Medical and sanitary report of the native army of Bengal for the year
Year: 1876
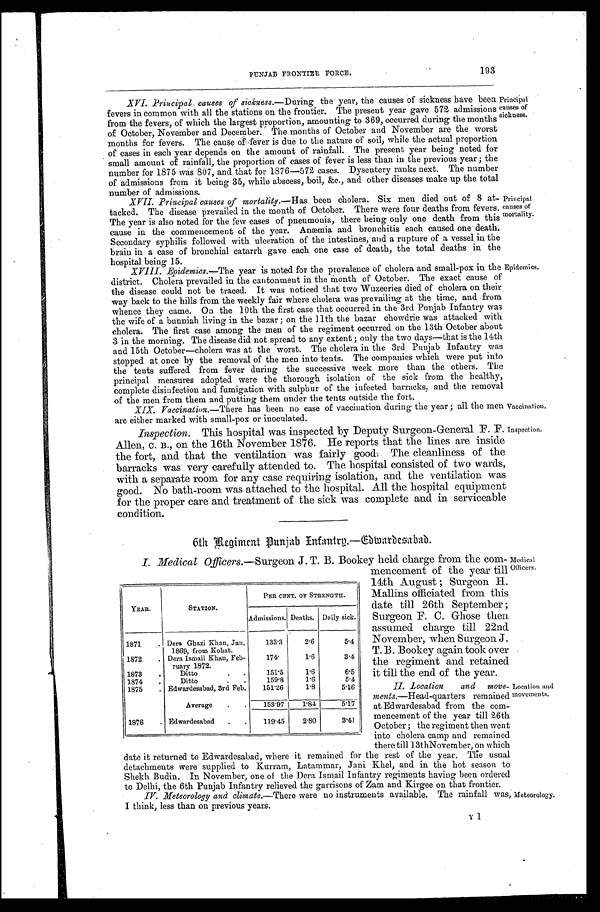
PUNJAB FRONTIER FORCE.
193
XVI. Principal causes of sickness.—During the year, the causes of sickness have been
fevers in common with all the stations on the frontier. The present year gave 572 admissions
from the fevers, of which the largest proportion, amounting to 369, occurred during the months
of October, November and December. The months of October and November are the worst
months for fevers. The cause of fever is due to the nature of soil, while the actual proportion
of cases in each year depends on the amount of rainfall. The present year being noted for
small amount of rainfall, the proportion of cases of fever is less than in the previous year; the
number for 1875 was 807, and that for 1876—572 cases. Dysentery ranks next. The number
of admissions from it being 35, while abscess, boil, &c., and other diseases make up the total
number of admissions.
XVII. Principal causes of mortality. —Has been cholera. Six men died out of 8 at-
tacked. The disease prevailed in the month of October. There were four deaths from fevers.
The year is also noted for the few cases of pneumonia, there being only one death from this
cause in the commencement of the year. Anæmia and bronchitis each caused one death.
Secondary syphilis followed with ulceration of the intestines, and a rupture of a vessel in the
brain in a case of bronchial catarrh gave each one case of death, the total deaths in the
hospital being 15.
XVIII. Epidemics. —The year is noted for the prevalence of cholera and small-pox in the
district. Cholera prevailed in the cantonment in the month of October. The exact cause of
the disease could not be traced. It was noticed that two Wuzeeries died of cholera on their
way back to the hills from the weekly fair where cholera was prevailing at the time, and from
whence they came. On the 10th the first case that occurred in the 3rd Punjab Infantry was
the wife of a bunniah living in the bazar; on the 11th the bazar chowdrie was attacked with
cholera. The first case among the men of the regiment occurred on the 13th October about
3 in the morning. The disease did not spread to any extent; only the two days—that is the 14th
and 15th October—cholera was at the worst. The cholera in the 3rd Punjab Infantry was
stopped at once by the removal of the men into tents. The companies which were put into
the tents suffered from fever during the successive week more than the others. The
principal measures adopted were the thorough isolation of the sick from the healthy,
complete disinfection and fumigation with sulphur of the infected barracks and the removal
of the men from them and putting them under the tents outside the fort.
XIX. Vaccination.—There has been no case of vaccination during the year; all the men
are either marked with small-pox or inoculated.
Inspection.T h i s h o s p i t a l w a s i n s p e c t e d b y D e p u t y S u r g e o n - G e n e r a l F . F .
Allen, c. B., on the 16th November 1876. He reports that the lines are inside
the fort, and that the ventilation was fairly good. The cleanliness of the
barracks was very carefully attended to. The hospital consisted of two wards,
with a separate room for any case requiring isolation, and the ventilation
good. No bath-room was attached to the hospital. All the hospital equipment
for the proper care and treatment of the sick was complete and in serviceable
condition.
Principal
c a u s e s o f
s i c k n e s s .
Principal
causes of
mortality.
Epidemics.
Vaccination.
Inspection.
6th Regiment Punjab infantry.—Edwardesabad.
I. Medical Officers. —Surgeon J. T. B. Bookey held charge from the com-
mencement of the year till
14th August; Surgeon H.
Mallins officiated from this
date till 26th September;
Surgeon F. C. Ghose then
assumed charge till 22nd
November, when Surgeon J.
T. B. Bookey again took over
the regiment and retained
it till the end of the year.
II. Location and move-
ments.—Head-quarters remained
at Edwardesabad from the com-
mencement of the year till 26th
October; the regiment then went
into cholera camp and remained
there till 13th November, on which
date it returned to Edwardesabad, where it remained for the rest of the year. The usual
detachments were supplied to Kurram, Latammar, Jani Khel, and in the hot season to
Shekh Budin. In November, one of the Dera Ismail Infantry regiments having been ordered
to Delhi, the 6th Punjab Infantry relieved the garrisons of Zam and Kirgee on that frontier.
IV. Meteorology and climate. —There were no instruments available. The rainfall was,
I think, less than on previous years.
Y 1
YEAR.
STATION.
PER CENT. OF STRENGTH.
Admissions. Deaths. Daily sick.
1871
Dera Ghazi Khan, Jan.
1869, from Kohat.
133.3
2.6
5.4
1872
Dera Ismail Khan, Feb-
ruary 1872.
174.
1.6
3.4
1873
Ditto
151.5 1.6
6.5
1874
Ditto
159.8
1.6
5.4
1875
Edwardesabad, 3rd Feb.
151.26
1.8
5.16
Average
153.97 1.84
5.17
1876
Edwardesabad
119.45
2.80
3.41
Medical
Officers.
Location and
movements.
Meteorology.